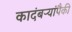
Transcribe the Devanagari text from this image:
कादंबऱ्यांपैकी